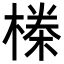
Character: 𬄆